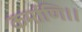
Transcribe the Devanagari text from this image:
कर्माणि।।